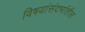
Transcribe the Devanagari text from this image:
विषयांसंदर्भातील